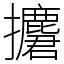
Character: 𢹲